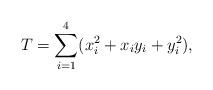
LaTeX: \begin{align*}T=\sum^{4}_{i=1}(x_i^2+x_iy_i+y_i^2),\end{align*}